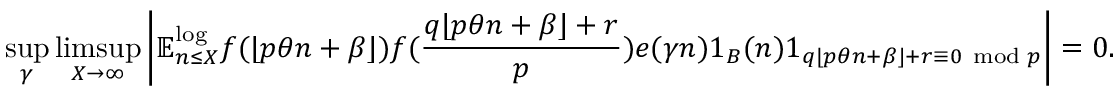
\operatorname* { s u p } _ { \gamma } \operatorname* { l i m s u p } _ { X \to \infty } \left| \mathbb { E } _ { n \leq X } ^ { \log } f ( \lfloor p \theta n + \beta \rfloor ) f ( \frac { q \lfloor p \theta n + \beta \rfloor + r } { p } ) e ( \gamma n ) 1 _ { B } ( n ) 1 _ { q \lfloor p \theta n + \beta \rfloor + r \equiv 0 \, \, \operatorname { m o d } \, p } \right| = 0 .